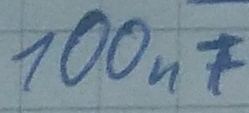
Text: 100nF